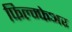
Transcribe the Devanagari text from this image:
फिल्म्फेअर